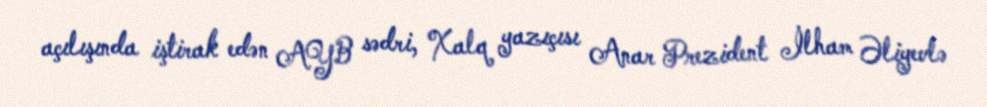
açılışında iştirak edən AYB sədri, Xalq yazıçısı Anar Prezident İlham Əliyevlə